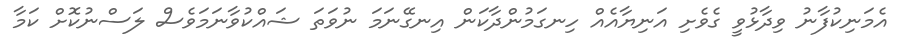
އެމަނިކުފާނު ވިދާޅުވީ ގެވެށި އަނިޔާއެއް ހިނގަމުންދާކަން އިނގޭނަމަ ނުވަތަ ޝައްކުވާނަމަވެސް ލަސްނުކޮށް ކަމާ